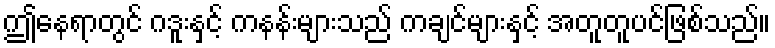
ဤနေရာတွင် ဂဒူးနှင့် ကနန်းများသည် ကချင်များနှင့် အတူတူပင်ဖြစ်သည်။